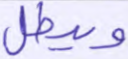
ويبطل